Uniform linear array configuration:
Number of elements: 16
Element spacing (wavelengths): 0.5
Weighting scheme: hann
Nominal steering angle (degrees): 15
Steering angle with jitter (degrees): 15.468
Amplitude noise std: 0.05
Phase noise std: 0.05

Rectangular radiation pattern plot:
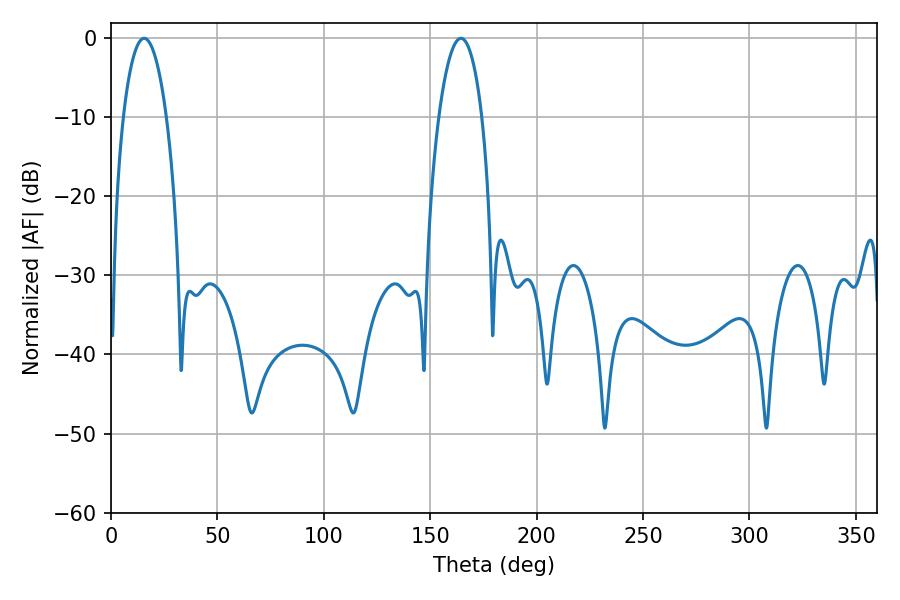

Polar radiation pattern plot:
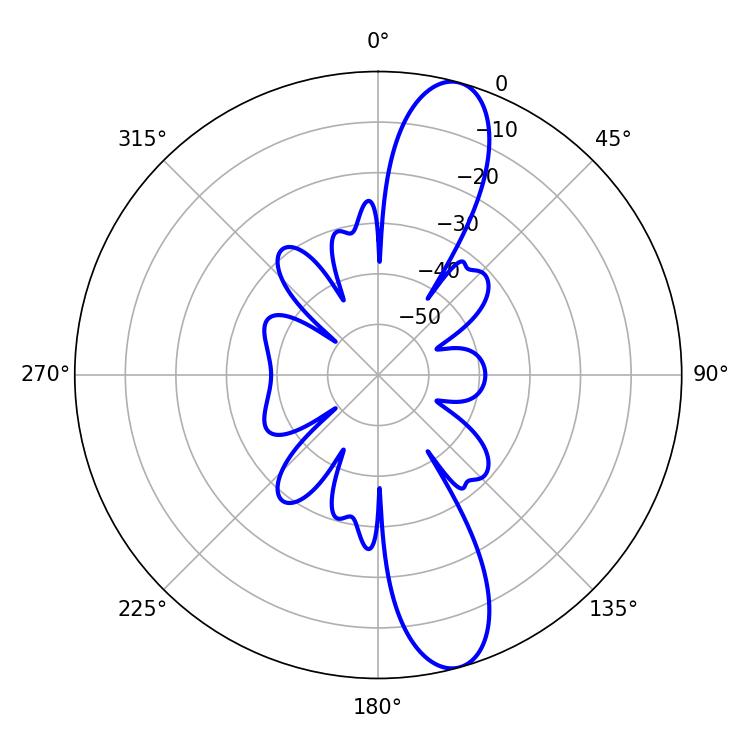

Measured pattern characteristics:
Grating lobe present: FALSE
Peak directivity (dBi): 12.459
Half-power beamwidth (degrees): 11.34
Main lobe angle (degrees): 15.66